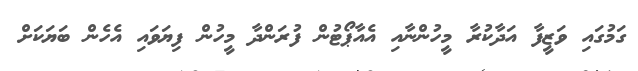
ގަމުގައި ވަޒީފާ އަދާކުރާ މީހުންނާއި އެއާޕޯޓުން ފުރަންދާ މީހުން ފިޔަވައި އެހެން ބަޔަކަށް